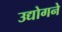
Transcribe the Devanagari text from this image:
उद्योगने